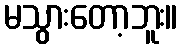
မသွားတော့ဘူး။